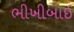
ભીખીબાઈ